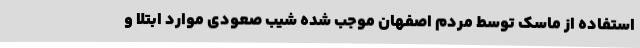
استفاده از ماسک توسط مردم اصفهان موجب شده شیب صعودی موارد ابتلا و